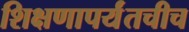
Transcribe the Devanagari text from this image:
शिक्षणापर्यंतचीच